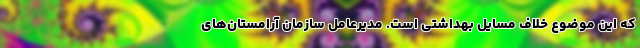
که این موضوع خلاف مسایل بهداشتی است. مدیرعامل سازمان آرامستان‌های